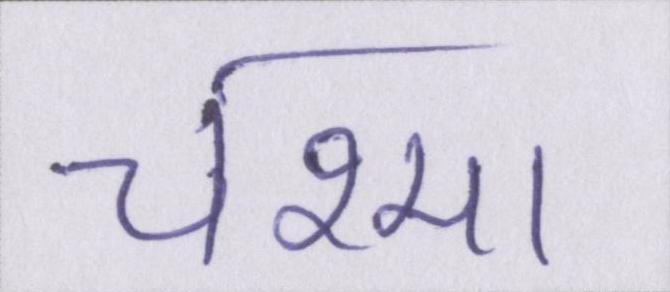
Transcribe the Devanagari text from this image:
चश्मा